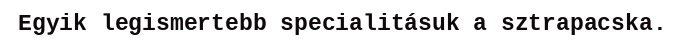
Egyik legismertebb specialitásuk a sztrapacska.